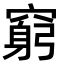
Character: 窮